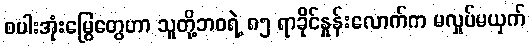
စပါးအုံးမြွေတွေဟာ သူတို့ဘဝရဲ့ ၈၅ ရာခိုင်နှုန်းလောက်က မလှုပ်မယှက်